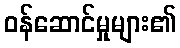
ဝန်ဆောင်မှုများ၏